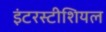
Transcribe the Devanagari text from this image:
इंटरस्टीशियल